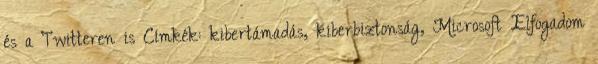
és a Twitteren is Címkék: kibertámadás, kiberbiztonság, Microsoft Elfogadom